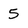
Character: 5